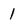
Character: 1